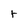
Character: t